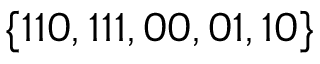
\{ 1 1 0 , 1 1 1 , 0 0 , 0 1 , 1 0 \}